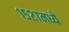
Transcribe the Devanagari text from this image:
१५२७मध्ये